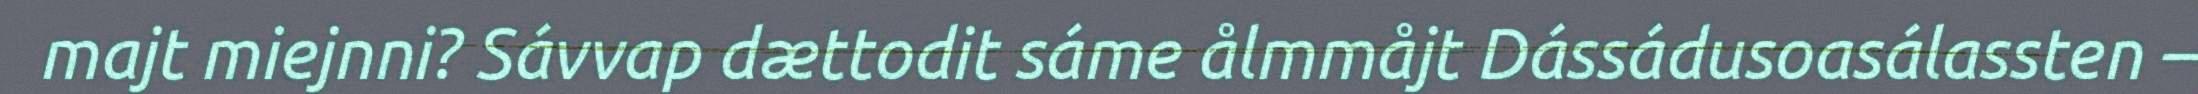
majt miejnni? Sávvap dættodit sáme ålmmåjt Dássádusoasálassten –